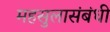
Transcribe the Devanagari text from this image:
महसुलासंबंधी